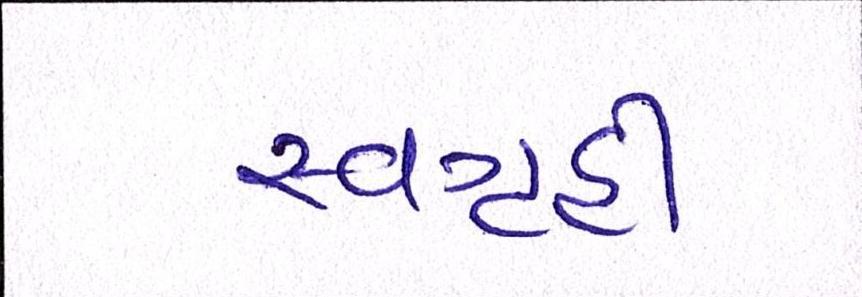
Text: સ્વગૃહી